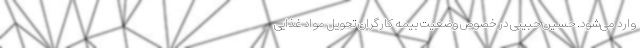
وارد می‌شود. حسین حبیبی در خصوص وضعیت بیمه کارگران تحویل مواد غذایی